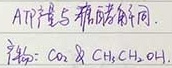
ATP 与腺苷酸不同。产物为：$CO_{2}$及$CH_{3}CH_{2}OH$。